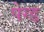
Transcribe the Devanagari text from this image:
पेग्ड